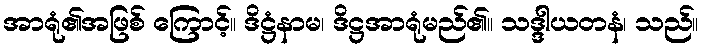
အာရုံ၏အဖြစ် ကြောင့်။ ဒိဋ္ဌံနာမ၊ ဒိဋ္ဌအာရုံမည်၏။ သဒ္ဒါယတနံ၊ သည်။